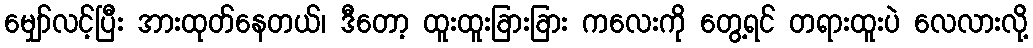
မျှော်လင့်ပြီး အားထုတ်နေတယ်၊ ဒီတော့ ထူးထူးခြားခြား ကလေးကို တွေ့ရင် တရားထူးပဲ လေလားလို့